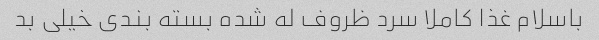
باسلام غذا کاملا سرد ظروف له شده بسته بندی خیلی بد